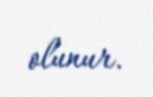
olunur.